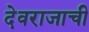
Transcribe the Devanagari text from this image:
देवराजाची